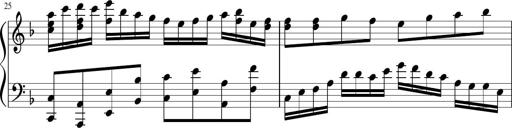
Title: Sonatina in F major
Composer: Ethan Ngo
Key: F major